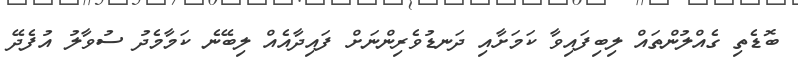
ބޮޑެތި ގެއްލުންތައް ލިބިފައިވާ ކަމަށާއި ދަނޑުވެރިންނަށް ފައިދާއެއް ލިބޭނެ ކަމާމެދު ސުވާލު އުފެދޭ